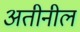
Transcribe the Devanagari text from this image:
अतीनील